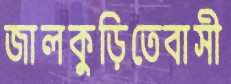
জালকুড়িতেবাসী